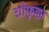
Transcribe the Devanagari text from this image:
चौफुल्ला